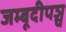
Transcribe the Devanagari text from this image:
जम्बूदीपञ्च